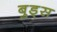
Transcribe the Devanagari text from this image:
बुड्‌स